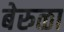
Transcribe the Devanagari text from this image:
बेरुळा